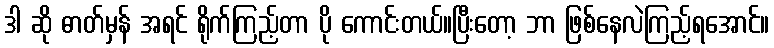
ဒါ ဆို ဓာတ်မှန် အရင် ရိုက်ကြည့်တာ ပို ကောင်းတယ်။ပြီးတော့ ဘာ ဖြစ်နေလဲကြည့်ရအောင်။